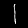
Label: 1